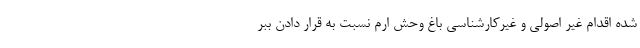
شده اقدام غیر اصولی و غیرکارشناسی باغ وحش ارم نسبت به قرار دادن ببر